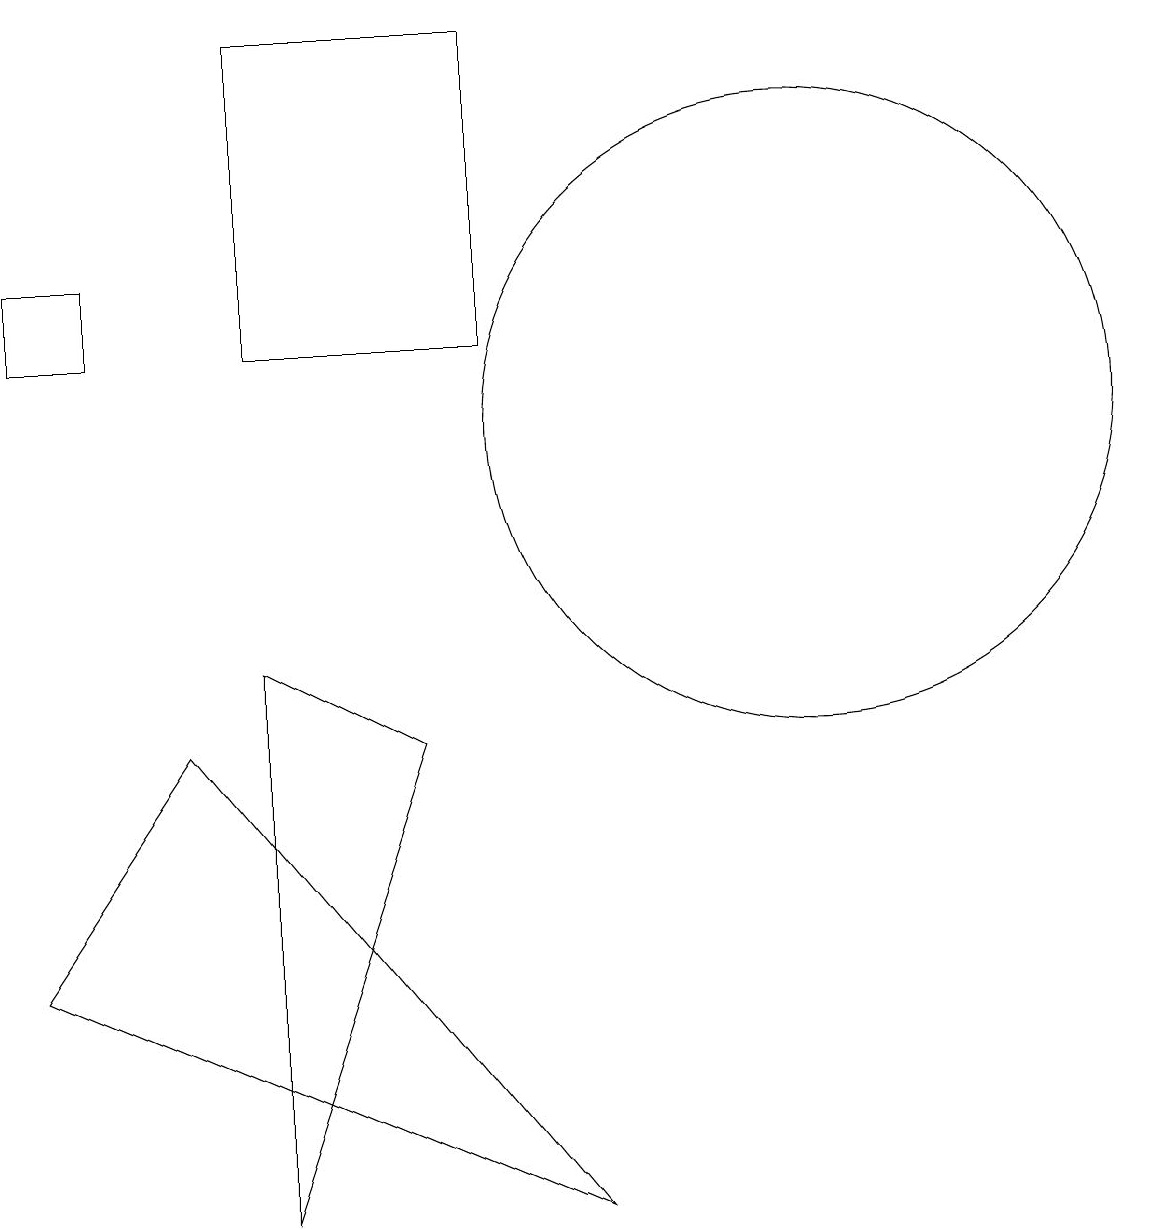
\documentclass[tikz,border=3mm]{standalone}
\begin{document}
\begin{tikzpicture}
\draw (3,8) -- (3,1) -- (5,7) -- cycle;
\draw (1,13) rectangle (0,12);
\draw (11,11) circle (0);
\draw (10,11) circle (4);
\draw (2,7) -- (7,1) -- (0,4) -- cycle;
\draw (3,16) rectangle (6,12);
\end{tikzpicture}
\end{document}